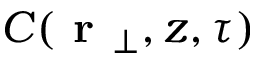
C ( \textbf { r } _ { \perp } , z , \tau )